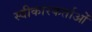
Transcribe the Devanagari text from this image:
स्वीकारकर्ताओं